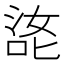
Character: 㖳